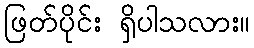
ဖြတ်ပိုင်း ရှိပါသလား။